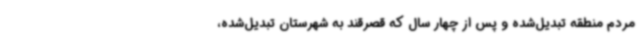
مردم منطقه تبدیل‌شده و پس از چهار سال که قصرقند به شهرستان تبدیل‌شده،